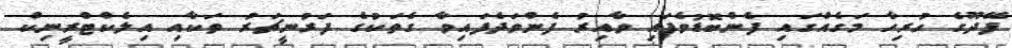
ފޭދޫގެ ހުރިހާ މަގެއްގައި ފެންބޮޑުވެފައި ވާއިރު ފެންވަދެފައިވާ ގެތަކުގެ ފަރުނީޗަރު ތަކާއި އިލެކްޓްރީނިކް